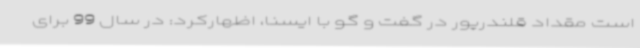
است مقداد قلندرپور در گفت و گو با ایسنا، اظهارکرد: در سال 99 برای